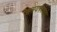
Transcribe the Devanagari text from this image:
समयपश्चता